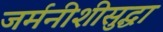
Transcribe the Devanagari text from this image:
जर्मनीशीसुद्धा